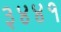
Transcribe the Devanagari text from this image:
३४४१